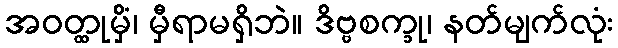
အဝတ္ထုမှိံ၊ မှီရာမရှိဘဲ။ ဒိဗ္ဗစက္ခု၊ နတ်မျက်လုံး